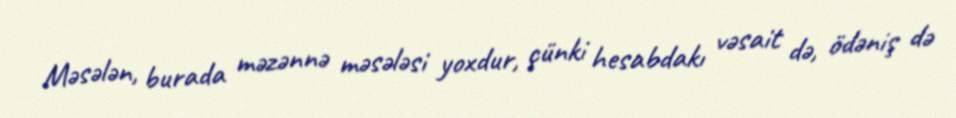
Məsələn, burada məzənnə məsələsi yoxdur, çünki hesabdakı vəsait də, ödəniş də